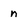
Character: n